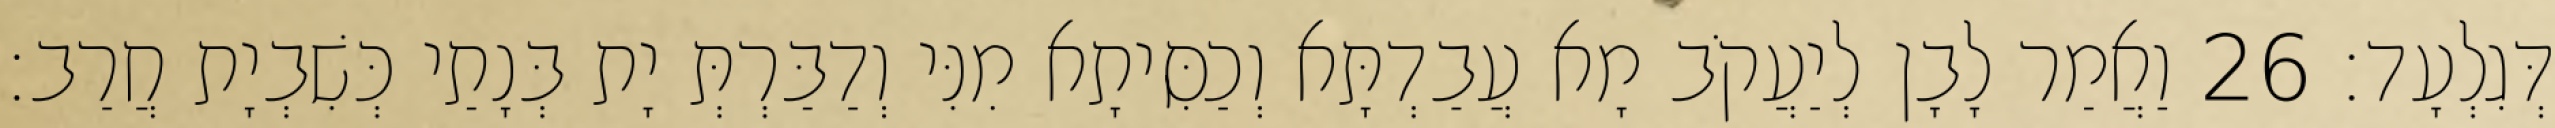
דְּגִלְעָד׃ 26 וַאֲמַר לָבָן לְיַעֲקֹב מָא עֲבַדְתָּא וְכַסִּיתָא מִנִּי וְדַבַּרְתְּ יָת בְּנָתַי כְּשִׁבְיָת חֲרַב׃